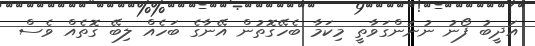
އަދީބު ފޯނު ނުނަންގަވާތީ މިކަމާ ބެހޭގޮތުން އޭނާގެ ބަހެއް ލިބޭ ގޮތެއް ވެސް